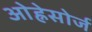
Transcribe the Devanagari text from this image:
ओह्नेसोर्ज